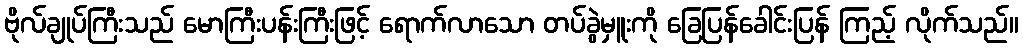
ဗိုလ်ချုပ်ကြီးသည် မောကြီးပန်းကြီးဖြင့် ရောက်လာသော တပ်ခွဲမှူးကို ခြေပြန်ခေါင်းပြန် ကြည့် လိုက်သည်။